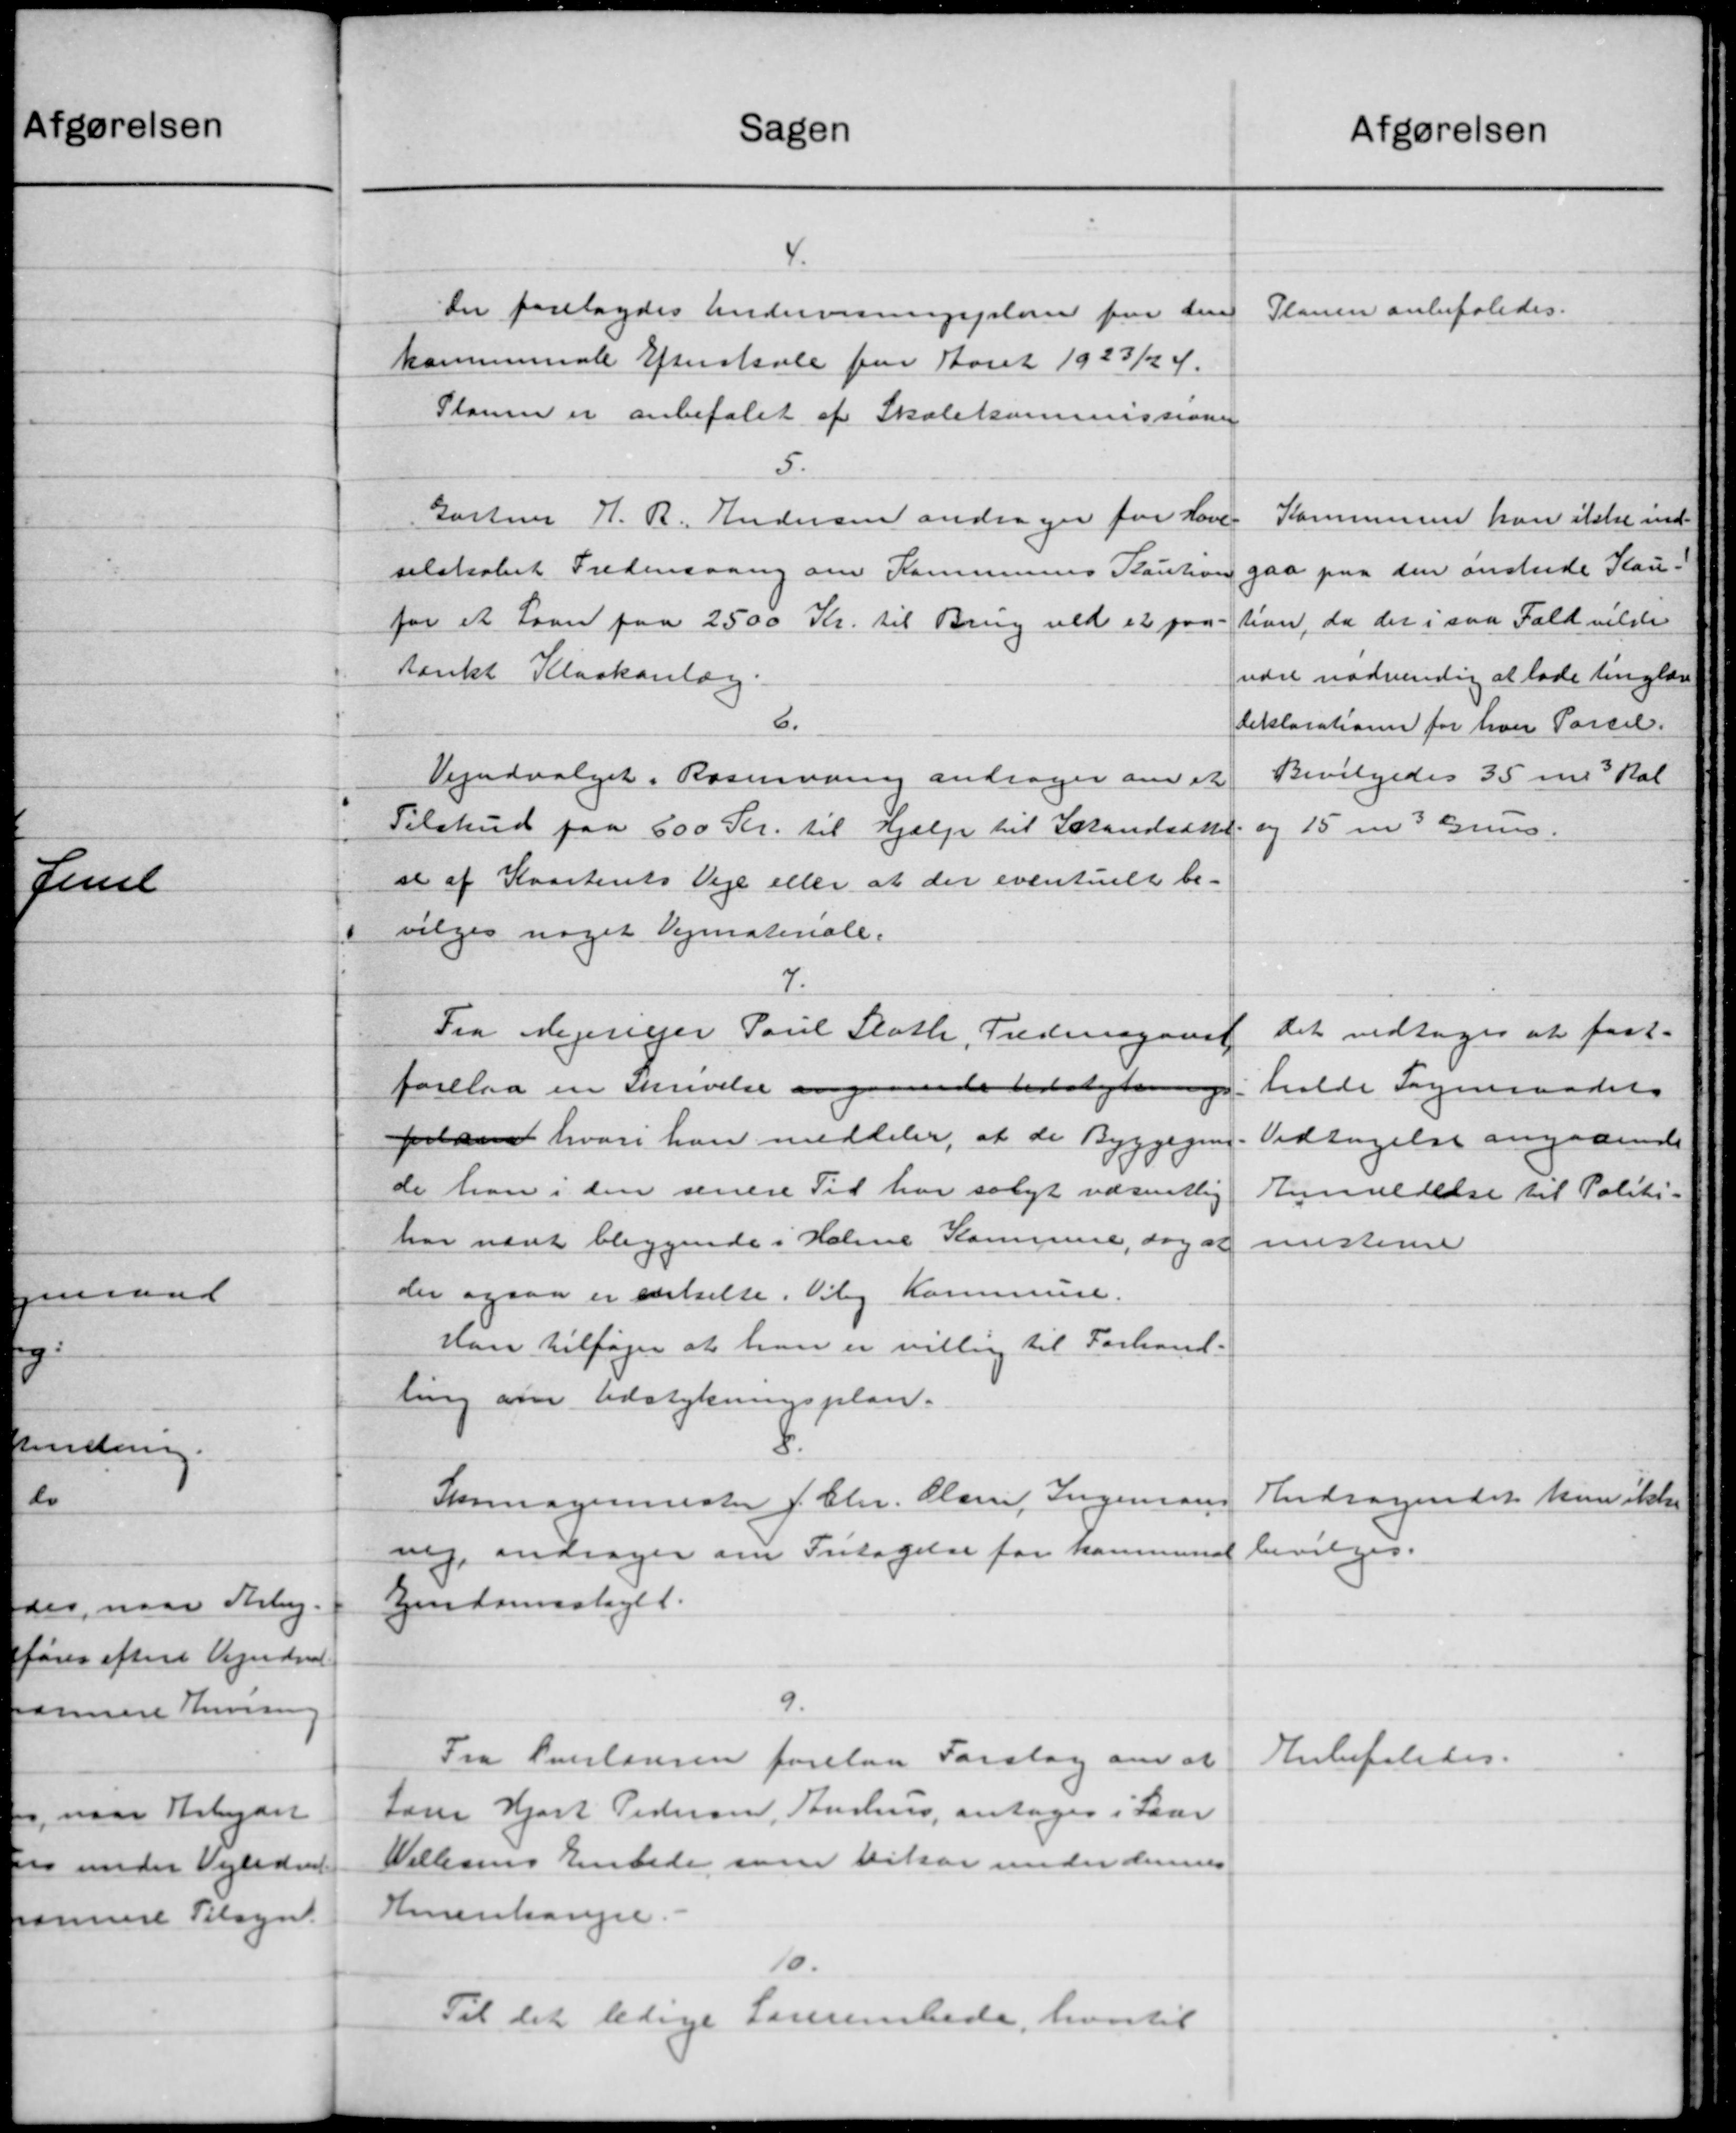
Transskription:
Sagen
4.
Der forelagdes Andervisningsplan faa den
kommunale Efterskole for Aaret 1923/24.
Planer er anbefalet af Skolekommissionen
5.
Gartner H. R. Andersen andrager for Have.
selskabet Fredensaang om Kommunens Kaution
for et Laan paa 2500 Kr. til Brug ved et paa
tænkt Kloakanlæg.
6.
Vejudvalget i Rasmusen andrager om et
Tilskud paa 600 Kr. til Hjælp til Istandsættel-
sl af Kvarterets Veje eller at der eventuelt be-
vilges noget Vejmateriale.
7.
Fra Mejeriejer Poul Sloth, Fredergaard
angaaende bevalgtes
forelaa en skrivelse
pelsen hvori han meddeler, at de Byggegaar
de han i den senere Tid har solgt væsentlig
har næst bliggende i Holme Kommune, dog at
der ogsaa er enkelte. Viby Kommune.
Han tilføjer at han er villig til Forhand-
ling om Udstykningsplan.
8
Sprinagermester J. Chr. Olsen, Ingenians
neg andrager om Fritagelse for kommunal
Ejendomsskyld.
9.
Fra Overlangen forelaa Forslag om at
Lærer Hjort Pedersen, Aarhus, antoges i Laan
Villesens Embede som vikar under dennes
Huenkampe.
10.
Til det ledige Lærerembede, hvortil